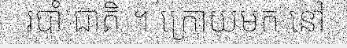
របាំ ជាតិ ។ ក្រោយមក នៅ